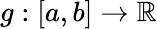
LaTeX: g:\left[a,b\right]\rightarrow\mathbb{R}